Scottish Leaving Certificate Examination, 1951
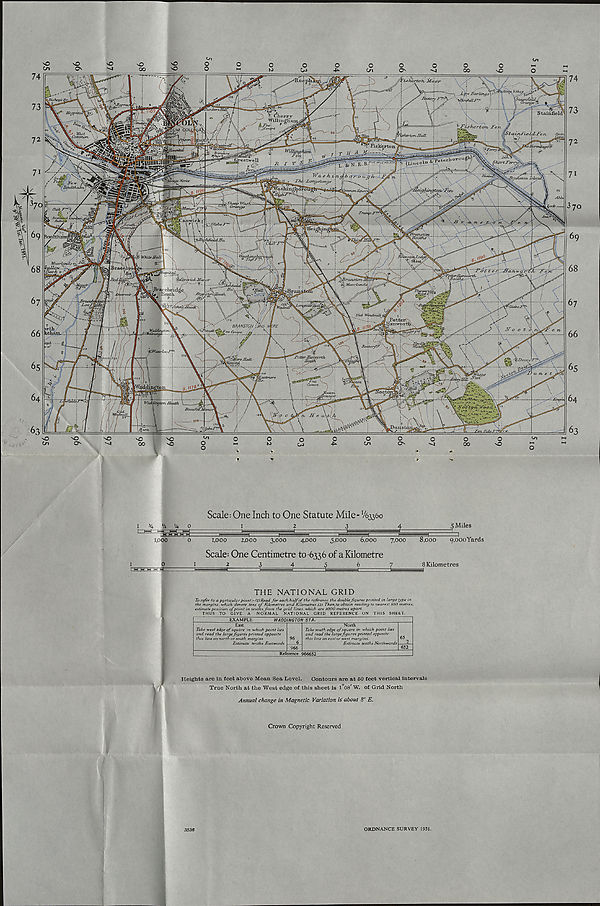
Z Barling i
Willing^
^Cov&rt
OTOUj
rivt-mi!: hutstA
Irons ton Jsi
iOFOU<
' Cwnmon. Squ
3oalthaini
an wo
BMNSTOIS ^ND
moo/Act joj
.Nest
Waddington Heath
Scale: One Inch to One Statute Mile= V63360
1
2
3
1,000
2,000
3,000
4,000
5,000
Scale; One Centimetre to-6336 of a Kilometre
234^67
; Miles
6,000
7,000
8,000
g.OOOYards
8 Kilometres
THE NATIONAL GRID
To refer to a particular point< 1) Read for each halfof the reference the doublefigures printed in large type in
the margins, which denote tens of Kilometres and Kilometres. (2) Then,to obtain reading to nearest WO metres,
estimate position of phint in tenths from the grid lines, which are lOOO metres apart.
THUS TO GIVE A NORMAL NATIONAL GRID REFERENCE ON THIS SHEET.
EXAMPLE
W ADDINGTON ST A.
East
Take west edge of square in which point lies
and read the large figures printed opposite
this line on north or south margins.
Estimate tenths Eastwards 966
North
Take south edge of square in which point lies
and read the large fgures printed opposite
this line on east or west margins.
Estimate tenths Northwards
Reference 966652
Heights are in feet above Mean Sea Level. Contours are at 50 feet vertical intervals
True North at the West edge of this sheet is 1°08 / W. of Grid North
Annual change in Magnetic Variation is about 8' E.
Crown Copyright Reserved
3536
ORDNANCE SURVEY 1951.